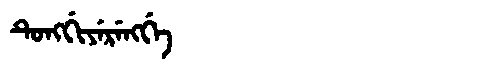
Manchu: ᡨᡠᠩᡤᡳᠶᡝᡵᡝᠩᡤᡝ
Romanization: TUNGGIYERENGGE